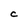
Character: C